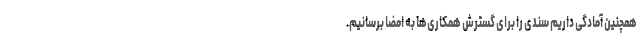
همچنین آمادگی داریم سندی را برای گسترش همکاری‌ها به امضا برسانیم.